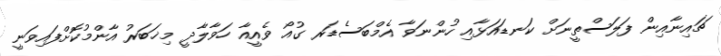
ޗައިނާއިން ފަލަސްތީނަށް ކަނޑައަޅާއި ހުންނަވާ އެމްބަސެޑަރ ގުއޯ ވެއީއާ ހަވާލާދީ މިޚަބަރު އާންމުކޮށްފައިވަނީ